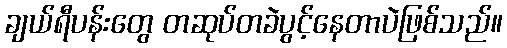
ချယ်ရီပန်းတွေ တဆုပ်တခဲပွင့်နေတာပဲဖြစ်သည်။